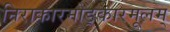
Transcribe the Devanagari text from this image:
निराकारमोङ्कारमूलम्